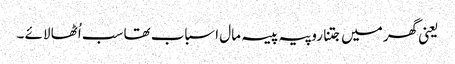
یعنی گھر میں جتنا روپیہ پیسہ مال اسباب تھا سب اُٹھا لائے ۔